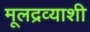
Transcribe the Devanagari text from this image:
मूलद्रव्याशी